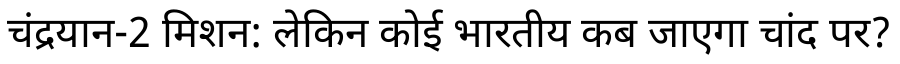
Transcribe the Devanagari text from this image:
चंद्रयान-2 मिशन: लेकिन कोई भारतीय कब जाएगा चांद पर?